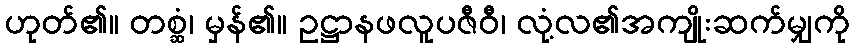
ဟုတ်၏။ တစ္ဆံ၊ မှန်၏။ ဥဋ္ဌာနဖလူပဇီဝီ၊ လုံ့လ၏အကျိုးဆက်မျှကို